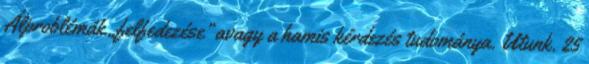
Álproblémák „felfedezése” avagy a hamis kérdezés tudománya. Utunk. 25